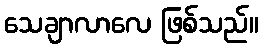
သေချာလာလေ ဖြစ်သည်။